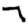
Digit: 7